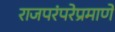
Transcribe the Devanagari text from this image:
राजपरंपरेप्रमाणे